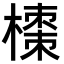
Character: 𭫼